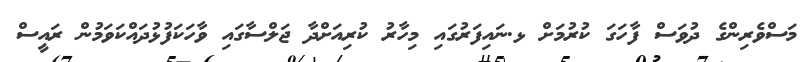
މަސްވެރިންގެ ދުވަސް ފާހަގަ ކުރުމަށް ޅ.ނައިފަރުގައި މިހާރު ކުރިއަށްދާ ޖަލްސާގައި ވާހަކަފުޅުދައްކަވަމުން ރައީސް